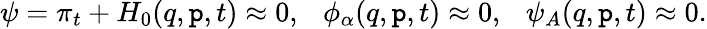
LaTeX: \psi=\pi_{t}+H_{0}(q,\mathtt{p},t)\approx0,\ \ \ \phi_{\alpha}(q,\mathtt{p},t)\approx0,\ \ \ \psi_{A}(q,\mathtt{p},t)\approx0.